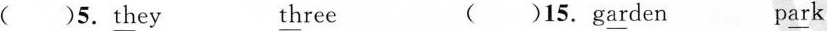
()5.\underline{th}ey \underline{th}ree ()15.g\underline{ar}den p\underline{ar}k